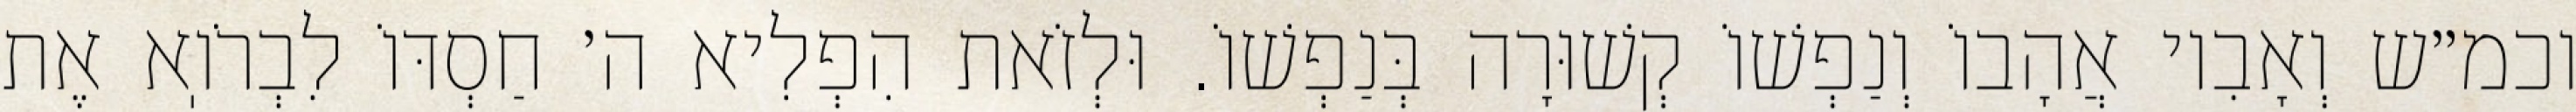
וכמ״ש וְאָבִיו אֲהָבוֹ וְנַפְשׁוֹ קְשׁוּרָה בְּנַפְשׁוֹ. וּלְזֹאת הִפְלִיא ה׳ חַסְדּוֹ לִבְרֹוֽא אֶת